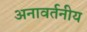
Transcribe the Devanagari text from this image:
अनावर्तनीय